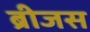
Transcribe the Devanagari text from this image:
ब्रीजस